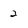
Character: 2